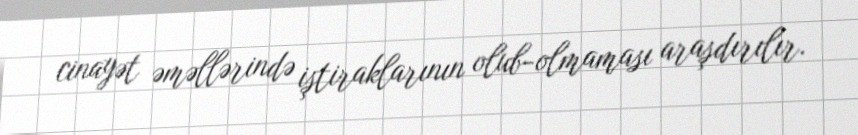
cinayət əməllərində iştiraklarının olub-olmaması araşdırılır.